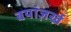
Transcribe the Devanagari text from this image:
बयांज़र्ख